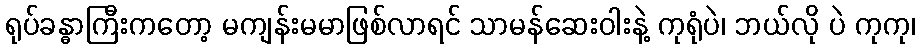
ရုပ်ခန္ဓာကြီးကတော့ မကျန်းမမာဖြစ်လာရင် သာမန်ဆေးဝါးနဲ့ ကုရုံပဲ၊ ဘယ်လို ပဲ ကုကု၊